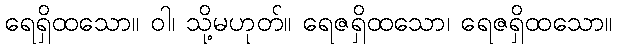
ရေရှိထသော။ ဝါ၊ သို့မဟုတ်။ ရေဇရှိထသော၊ ရေဇရှိထသော။